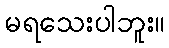
မရသေးပါဘူး။